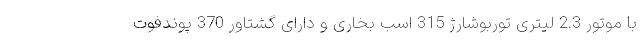
با موتور 2.3 لیتری توربوشارژ 315 اسب بخاری و دارای گشتاور 370 پوندفوت